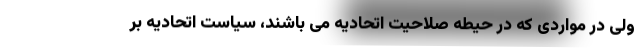
ولی در مواردی که در حیطه صلاحیت اتحادیه می باشند، سیاست اتحادیه بر